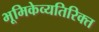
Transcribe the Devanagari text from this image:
भूमिकेव्यतिरिक्त